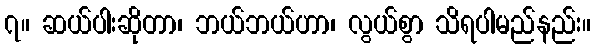
၇။ ဆယ်ပါးဆိုတာ၊ ဘယ်ဘယ်ဟာ၊ လွယ်စွာ သိရပါမည်နည်း။